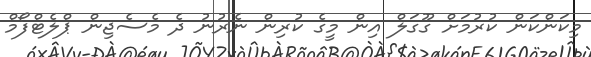
މިކަންކަން ކުރުމަށް ގޫގަލް އިން މީގެ ކުރިން ނެރުނު ދެ މެސެޖިން ޕްލެޓްފޯމް